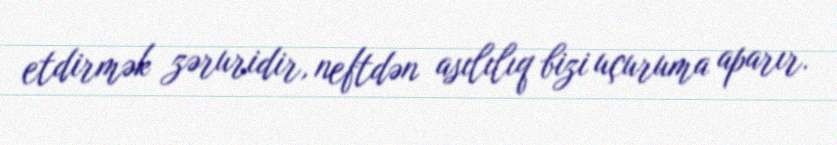
etdirmək zəruridir, neftdən asılılıq bizi uçuruma aparır.